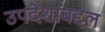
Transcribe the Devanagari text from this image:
उपदेशांबद्दल